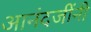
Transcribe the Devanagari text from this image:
आनंदजींनी